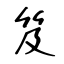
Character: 笈